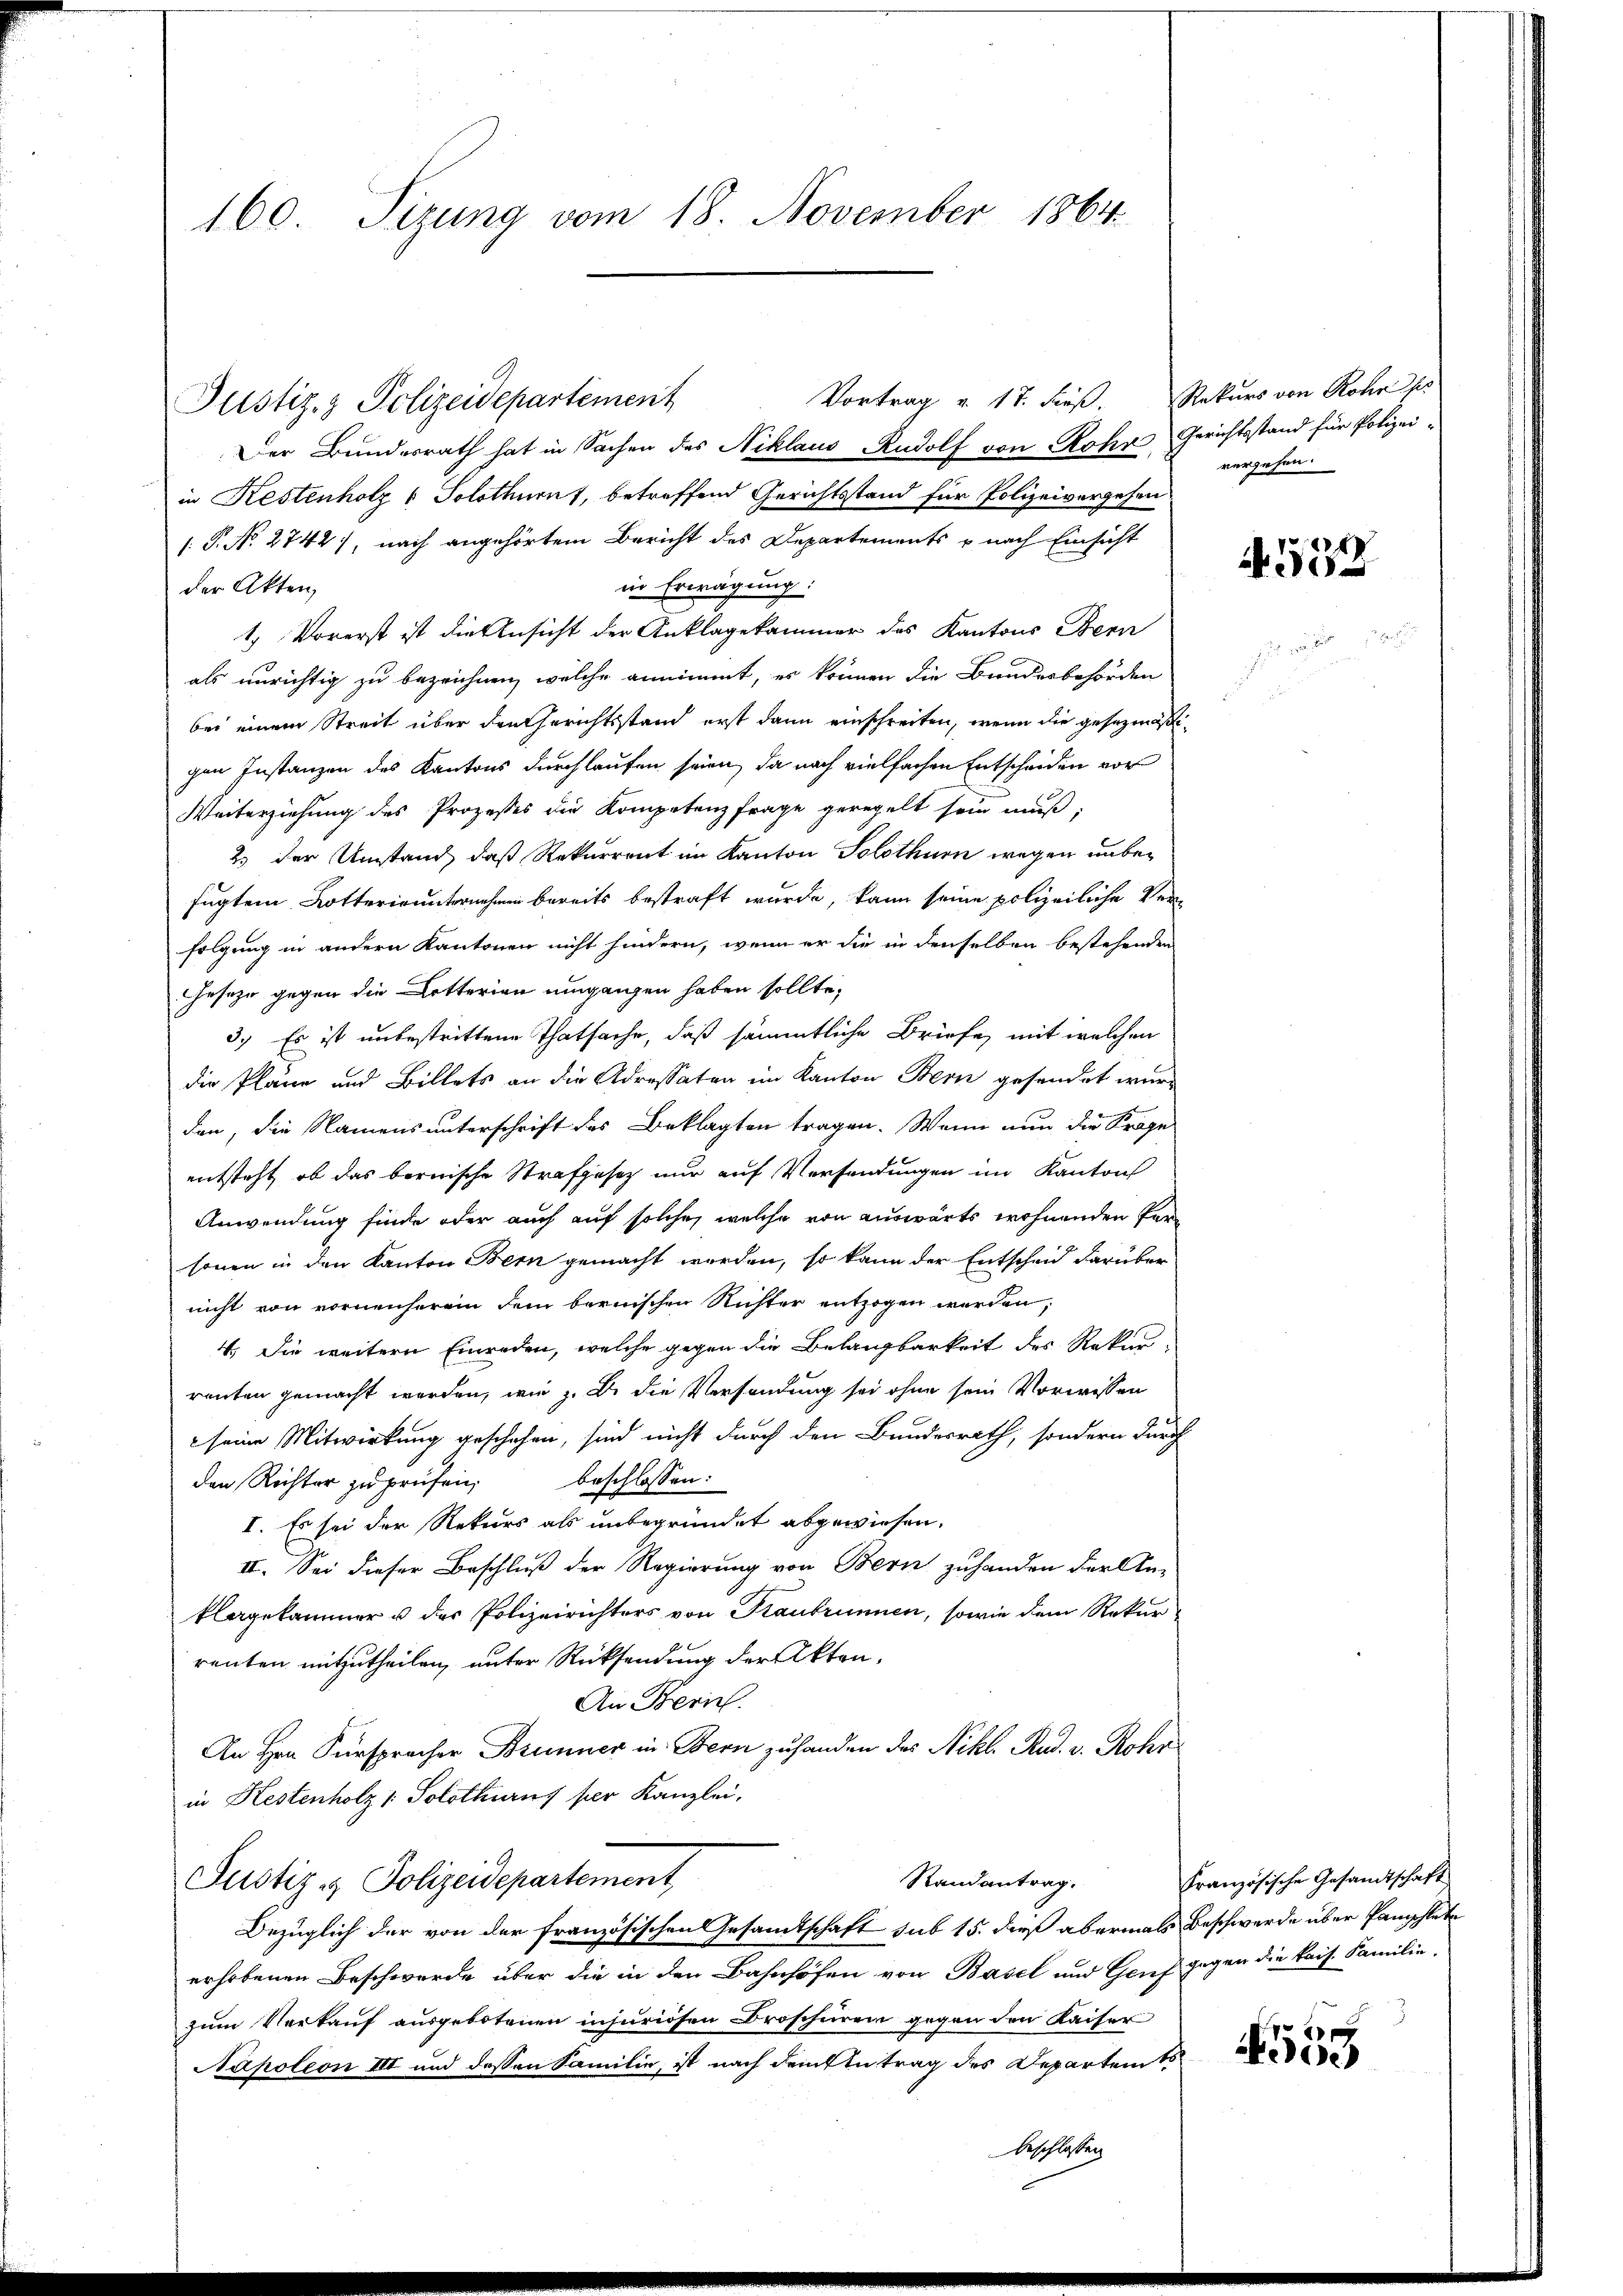
160 Tizung vom 18. November 1864

Justiz- & Polizeidepartement
Der Bundesrath hat in Sachen des Niklaus Rudolf von Rohr Gerichtsstand für Polizei
in Kestenholz & Solothurnt, betreffend Gerichtsstand für Polizeivergehen
[.P. No 2742), nach angehörtem Bericht des Departements u nach Einsicht
in Erwägung:
der Akten,
1. Vorerst ist die Ansicht der Anklagekammer des Kantons Bern
als unrichtig zu bezeichnen, welche annimmt, er können die Bundesbehörden
bei einem Streit über den Gerichtsstand erst dann einschreiten, wenn die gesezmäßigen Instanzen des Kantons durchlaufen seien, da nach vielfachen Entscheiden vor
Weiterziehung des Prozesses die Kompetenzfrage geregelt sein muß;
2.) Der Umstand, daß Rekurrent im Kanton Solothurn wegen unbefügtem Lotterin unternehmen bereits bestraft wurde, kann seine polizeiliche Verfolgung in andern Kantonen nicht hindern, wenn er die in denselben bestehenden
Geseze gegen die Dotterien umgangen haben sollte,
3.) Es ist unbestrittene Thatsache, daß sämmtliche Briefe, mit welchen
die Pläne und Billets an die Adressaten im Kanton Bern gesendet wurd
den, die Namens unterschrift des Beklagten tragen. Wenn nun die Frage
entsteht, ob das bernische Strafgesetz nur auf Versendungen im Kanton
Anwendung finde oder auch auf solche, welche von auswärts wohnenden Personen in den Kanton Bern gemacht werden, so kann der Entscheid darüber
nicht von vornenherein dem bernischen Richter entzogen werden,
4.) Die weitern Einreden, welche gegen die Belangbarkeit des Rekur-
renten gemacht werden, wie z. B. die Versendung sei ohne sein Vorwissen
seine Mitwirkung geschehen, sind nicht durch den Bundesrath, sondern durch
beschlossen:
den Rechter zu prüfen,
I. Es sei der Rekurs als unbegründet abgewiesen.
III. Sei dieser Beschluß der Regierung von Bern zuhanden der An-
klagekammer u der Polizeirichters von Traubrunnen, sowie dem Rekurrenten mitzutheilen, unter Rücksendung der Akten,
An Bern
An Hrn. Fürspracher Brunner in Bern zuhanden des Nikl. Rud. v. Rohr
in Kestenholz 1. Solothurns per Kanzlei,
Randantrag.
Justiz & Polizeidepartement,
Bezüglich der von der französischen Gesamtschaft sub 15. dieß abermals Beschwerde über Pamphlete
erhobenen Beschwerde über die in den Bahnhöfen von Basel und Genf gegen die kais. Familie,
zum Verkauf ausgebotenen injuriosen Broschüren gegen den Kaiser
Napoleon III und dessen Familie, ist nach dem Eintrag des Departem
beschlossen

Vortrag v. 17. dieß. Rekurs von Rohn se

vergehen.

1
.

Französische Gesandtschaft

559